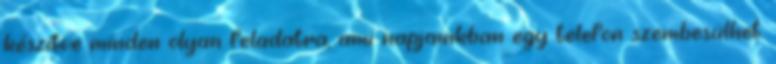
készítve minden olyan feladatra, ami napjainkban egy telefon szembesülhet.